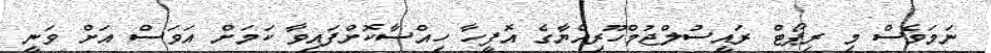
ނަމަވެސް މި ރިޕޯޓް ރައީސުލްޖުމްހޫރިއްޔާގެ އޮފީހާ ހިއްސާކޮށްފައިވާ ކަމަށް އަވަސް އަށް ވަނީ